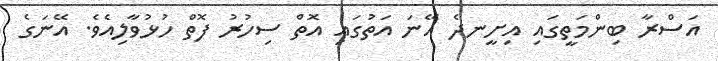
އަސްރާ ބިންމަތީގައި އިށީނދެ އޭނަ އަތުގައި އޮތް ސިހުރު ފޮތް ހުޅުވާލިއެވެ. އޭނަގެ